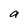
Character: a